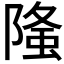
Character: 𨻦